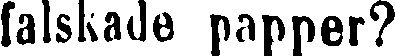
falskade papper?